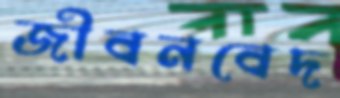
জীবনবেদ